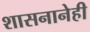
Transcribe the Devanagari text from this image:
शासनानेही